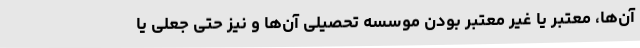
آن‌ها، معتبر یا غیر معتبر بودن موسسه تحصیلی آن‌ها و نیز حتی جعلی یا